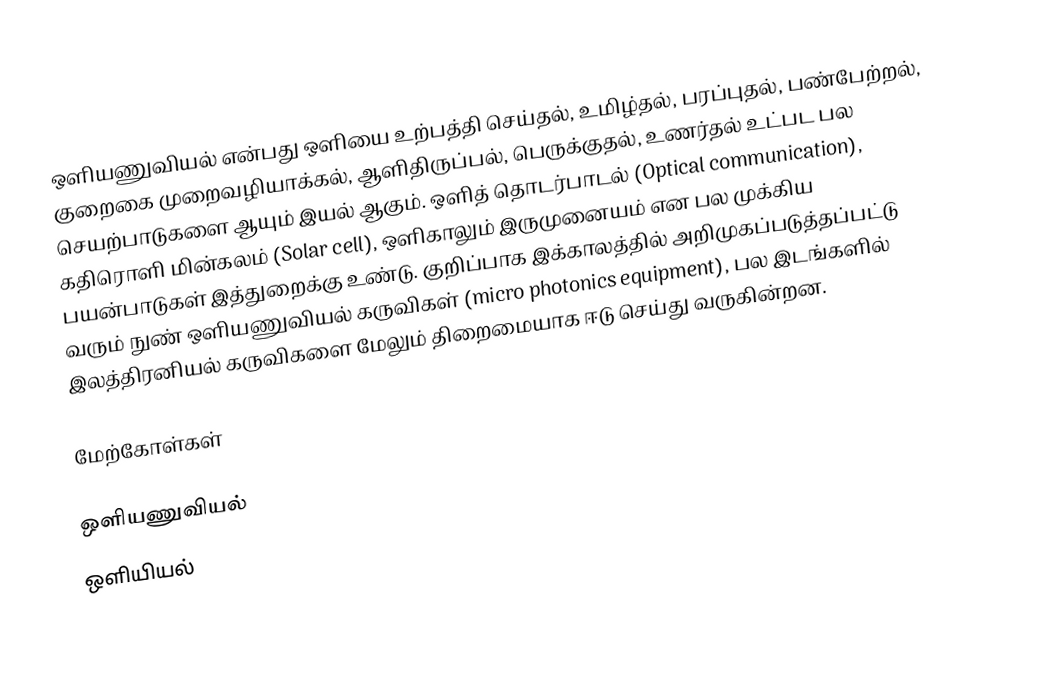
ஒளியணுவியல் என்பது ஒளியை உற்பத்தி செய்தல், உமிழ்தல், பரப்புதல், பண்பேற்றல், குறைகை முறைவழியாக்கல், ஆளிதிருப்பல், பெருக்குதல், உணர்தல் உட்பட பல செயற்பாடுகளை ஆயும் இயல் ஆகும். ஒளித் தொடர்பாடல் (Optical communication), கதிரொளி மின்கலம் (Solar cell), ஒளிகாலும் இருமுனையம் என பல முக்கிய பயன்பாடுகள் இத்துறைக்கு உண்டு. குறிப்பாக இக்காலத்தில் அறிமுகப்படுத்தப்பட்டு வரும் நுண் ஒளியணுவியல் கருவிகள் (micro photonics equipment), பல இடங்களில் இலத்திரனியல் கருவிகளை மேலும் திறைமையாக ஈடு செய்து வருகின்றன.

மேற்கோள்கள்

ஒளியணுவியல்
ஒளியியல்